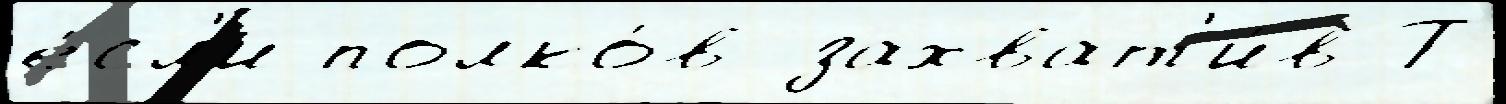
е́сл'и полко́в захват'и́в Т